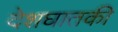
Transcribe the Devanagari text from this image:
देशघातकी